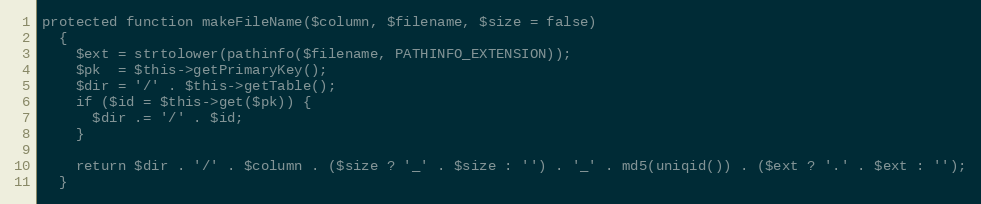
Language: PHP
protected function makeFileName($column, $filename, $size = false)
  {
    $ext = strtolower(pathinfo($filename, PATHINFO_EXTENSION));
    $pk  = $this->getPrimaryKey();
    $dir = '/' . $this->getTable();
    if ($id = $this->get($pk)) {
      $dir .= '/' . $id;
    }

    return $dir . '/' . $column . ($size ? '_' . $size : '') . '_' . md5(uniqid()) . ($ext ? '.' . $ext : '');
  }